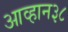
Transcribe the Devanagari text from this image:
आव्हान३८